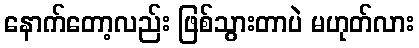
နောက်တော့လည်း ဖြစ်သွားတာပဲ မဟုတ်လား